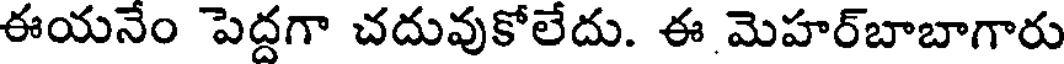
ఈయనేం పెద్దగా చదువుకోలేదు. ఈ మెహర్బాబాగారు